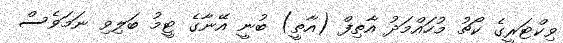
ވިކްޓަރީގެ ކޯޗު މުހައްމަދު އާތިފް (އާތީ) ބުނީ އޭނާގެ ޓީމު ބަލިވި ނަމަވެސް